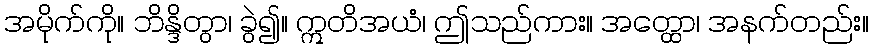
အမိုက်ကို။ ဘိန္ဒိတွာ၊ ခွဲ၍။ ဣတိအယံ၊ ဤသည်ကား။ အတ္ထော၊ အနက်တည်း။